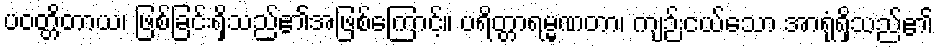
ပဝတ္တိတာယ၊ ဖြစ်ခြင်းရှိသည်၏အဖြစ်ကြောင့်။ ပရိတ္တာရမ္မဏတာ၊ ကျဉ်းငယ်သော အာရုံရှိသည်၏